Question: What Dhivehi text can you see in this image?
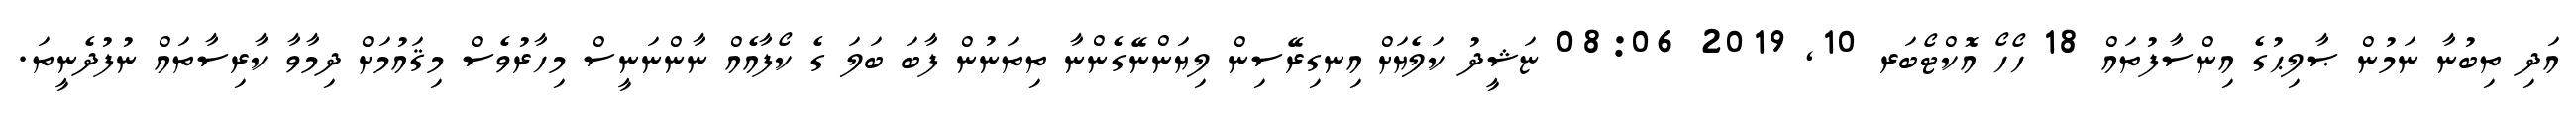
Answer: އަދި ތިބުނާ ނަމުން ޞާލިޙުގެ އިންސާފުތައް 18 ހޯހޯ އޮކްޓޯބަރ 10, 2019 08:06 ޏަޝީދު ކަލެޔަށް އިނގިރޭސިން ލިޔަންނޭގެންނާ ތިތަނުން ފާބަ ބަލަ ގެ ކޯފާއެއް ނާންނަނީސް މިހާރުވެސް މިޤައުމަށް ދިމާވާ ކާރިސާތައް ނުފުދެނީތަ.